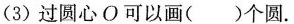
(3)过圆心O可以画( )个圆。